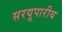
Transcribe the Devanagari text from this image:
सरयूपारीय